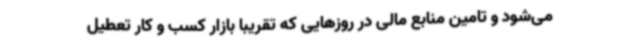
می‌شود و تامین منابع مالی در روزهایی که تقریبا بازار کسب و کار تعطیل